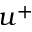
u ^ { + }